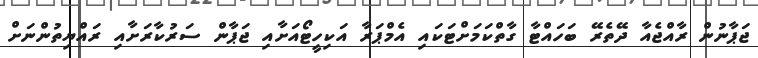
ޖަޕާނުން ރާއްޖެއާ ދޭތެރޭ ބަހައްޓާ ގާތްކަމަށްޓަކައި އެމްޕަރާ އަކިހީޓޯއަށާއި ޖަޕާން ސަރުކާރަށާއި ރައްޔިތުންނަށް